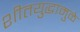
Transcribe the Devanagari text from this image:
शीतयुद्धामुळे